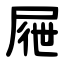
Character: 屜